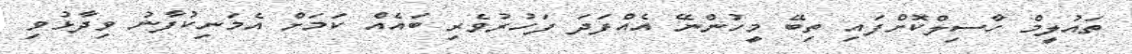
ތައުލީމް ހާސިލްކޮށްފައި ތިބޭ މީހުންނޭ އެއްފަދަ ފަހުރުވެރި ބައެއް ކަމަށް އެމަނިކުފާނު ވިދާޅުވި